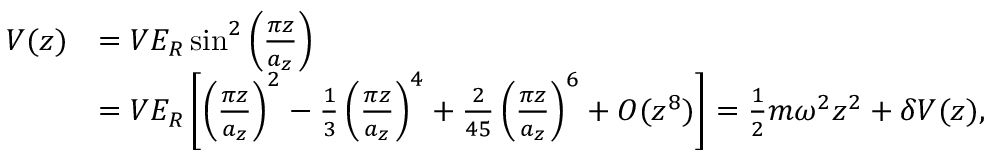
\begin{array} { r l } { V ( z ) } & { = V E _ { R } \sin ^ { 2 } \left( \frac { \pi z } { a _ { z } } \right) } \\ & { = V E _ { R } \left[ \left( \frac { \pi z } { a _ { z } } \right) ^ { 2 } - \frac { 1 } { 3 } \left( \frac { \pi z } { a _ { z } } \right) ^ { 4 } + \frac { 2 } { 4 5 } \left( \frac { \pi z } { a _ { z } } \right) ^ { 6 } + O ( z ^ { 8 } ) \right] = \frac { 1 } { 2 } m \omega ^ { 2 } z ^ { 2 } + \delta V ( z ) , } \end{array}